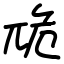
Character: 卼